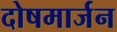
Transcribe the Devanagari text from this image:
दोषमार्जन